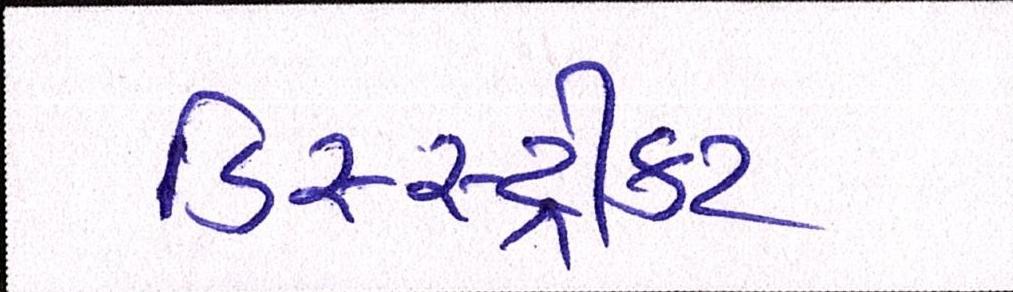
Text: ડિસ્સ્ટ્રીક્ટ